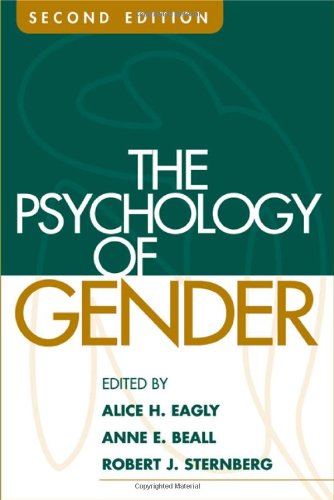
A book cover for The Psychology of Gender, Second Edition; Medical Books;